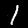
Digit: 1